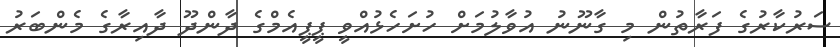
ސަރުކާރުގެ ފަރާތުން މި ގާނޫނު އުވާލުމަށް ހުށަހެޅުއްވީ ޕީޕީއެމްގެ ދާންދޫ ދާއިރާގެ މެންބަރު